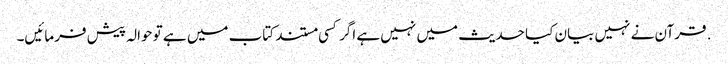
. قرآن نے نہیں بیان کیا حدیث میں نہیں ہے اگر کسی مستند کتاب میں ہے تو حوالہ پیش فرمائیں۔